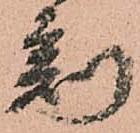
刻